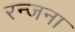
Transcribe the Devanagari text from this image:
रन्जना